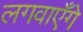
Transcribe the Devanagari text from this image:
लगवाएँगे